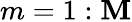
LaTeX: m=1:\mathbf{M}